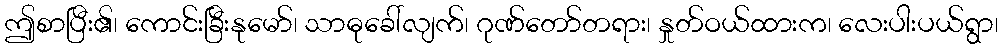
ဤစာပြီး၏၊ ကောင်းခြီးနုမော်၊ သာဓုခေါ်လျက်၊ ဂုဏ်တော်တရား၊ နှုတ်ဝယ်ထားက၊ လေးပါးပယ်ရွာ၊